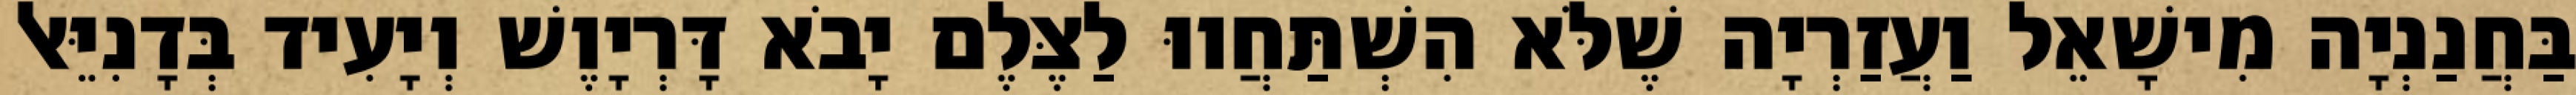
בַּחֲנַנְיָה מִישָׁאֵל וַעֲזַרְיָה שֶׁלֹּא הִשְׁתַּחֲווּ לַצֶּלֶם יָבֹא דָּרְיָוֶשׁ וְיָעִיד בְּדָנִיֵּאל